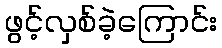
ဖွင့်လှစ်ခဲ့ကြောင်း